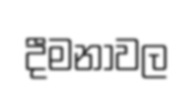
දීමනාවල